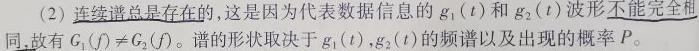
(2) 连续谱总是存在的,这是因为代表数据信息的 $g_1(t)$ 和 $g_2(t)$ 波形不能完全相同,故有 $G_1(f)\neq G_2(f)$。谱的形状取决于 $g_1(t),g_2(t)$ 的频谱以及出现的概率 $P$。